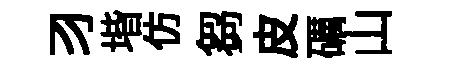
习堦仿芻皮礪山